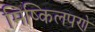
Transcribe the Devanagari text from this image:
मिष्किलपणे